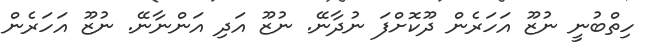
ހިތްބުނީ ނުޒޫ އަހަރެން ދޫކޮށްފަ ނުދާނޭ. ނުޒޫ އަދި އަންނާނޭ. ނުޒޫ އަހަރެން